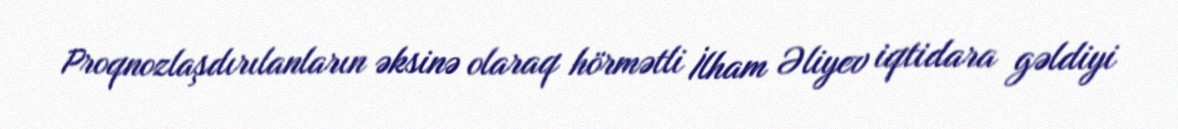
Proqnozlaşdırılanların əksinə olaraq hörmətli İlham Əliyev iqtidara gəldiyi